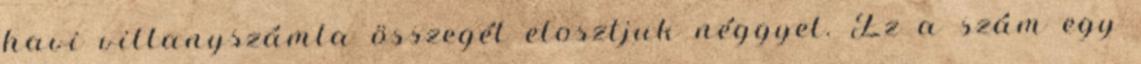
havi villanyszámla összegét elosztjuk néggyel. Ez a szám egy